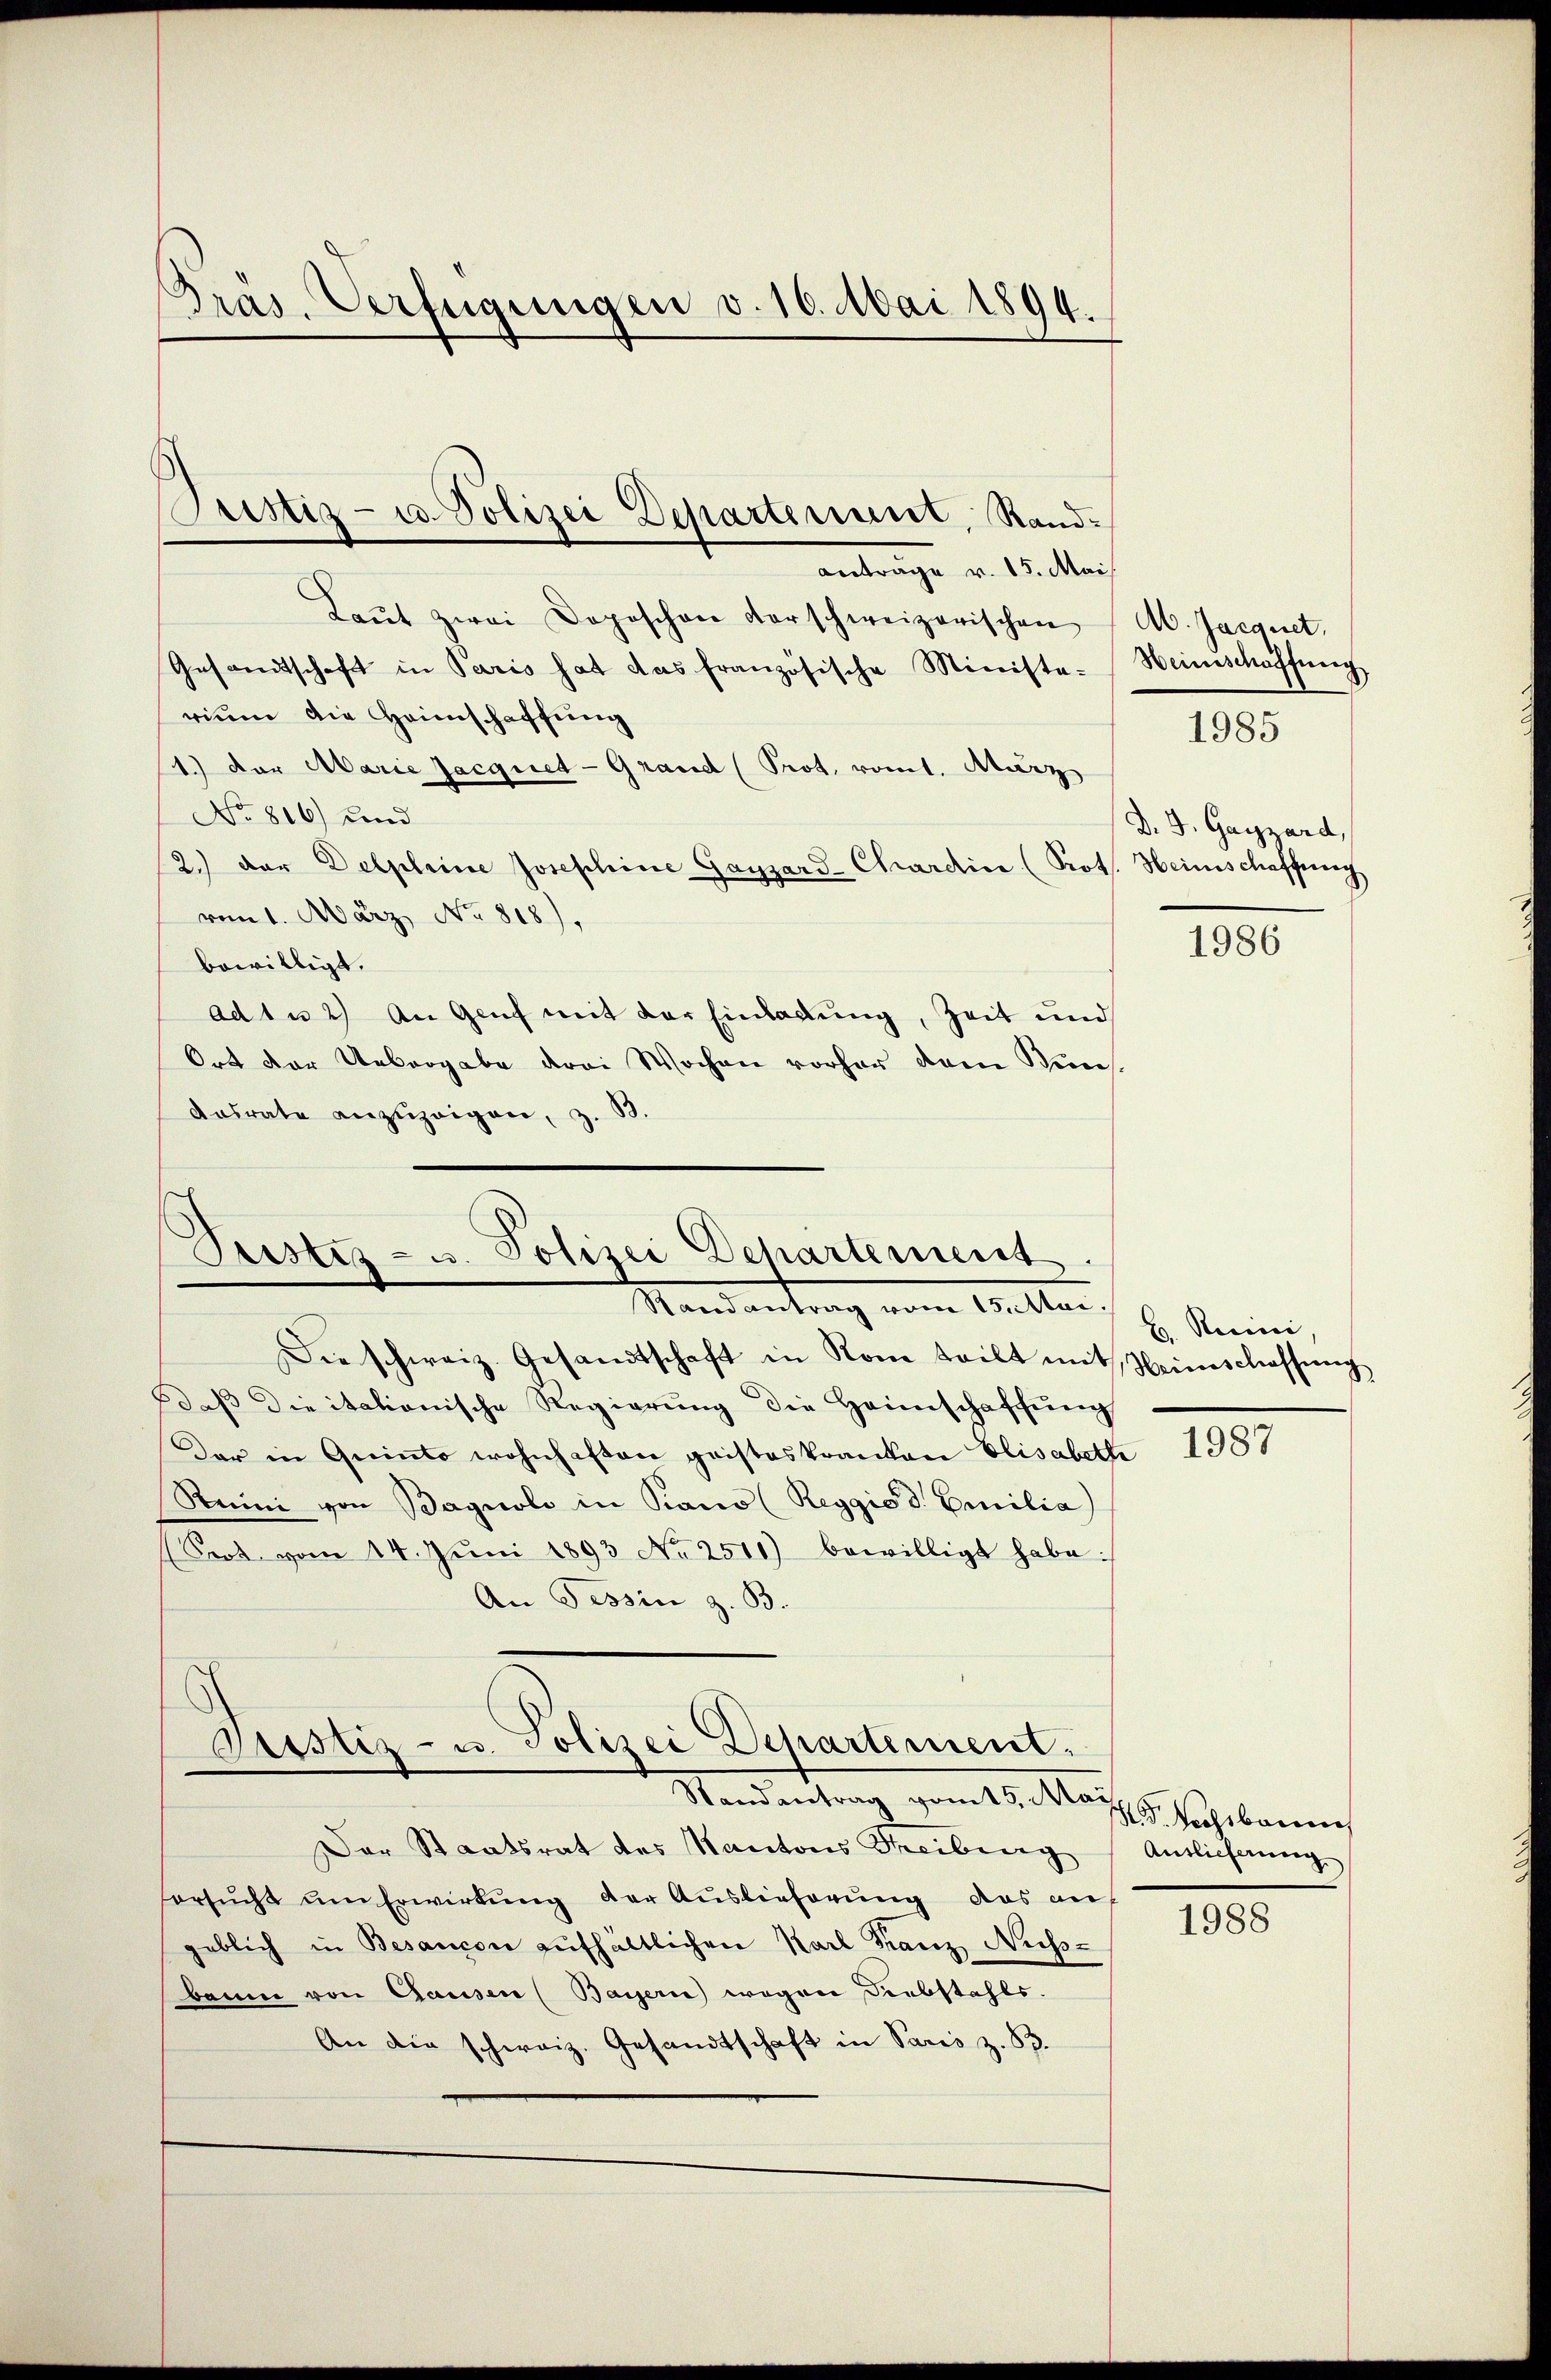
Pras. Verfügungen v. 16. Mai 1894.

Laŭt zwei Doposchen darschweizerischen Ab. Jacquet,
Gesandtschaft in Paris hat das französische Ministe-Heimschaffung
rium die Heimschaffung
1.) Der Marie Jacquet-Grand (Prot. romt. März
No 816) und
2.) der Delpleine Josephine Gayzard-Chardin (Prot. Heimschaffung
vom 1. März, No. 818),
bewilligt.
ad 1 u 2) An Genf mit der Einladung, Zeit und
Ort der Uebergabe drei Wochen vorher dem Wuns
Ansrate anzuzeigen, z. B.

Mandantrag vom Walten,
Die schweiz. Gesandtschaft in Rom teilt mit Heinschassŭng
daß die italionische Regierung die Heimschaffung
Der in Quinto wohnhaften pristeskranken Elisabeth
Reini von Bagnoli in Piano (Reggio d. Emilia)
Crot vom 14. Jŭni 1893 No 2511) bewilligt habe:
An Tessin z. B.

Justiz- u. Polizei Departement, Randantrage v. 15. Mai

Pustes- u. Polizei Departement.

Justiz- u. Polizei Departement.
Randantrag vom 5. Maÿ

Der Staatsrat des Kantons Theiberg
orsucht um Erwirkung der Auslieferung das auf
geblich in Besancen aufhältlichen Karl Franz Nuss-
baume von Gausen (Bayern) wegen Diebstahls.
An die schweiz. Gesandtschaft in Paris z. B.

D. J. Gayzard,

1985

1986

H. Recini,

1987

H. Nachbare
Auslieferung

1988